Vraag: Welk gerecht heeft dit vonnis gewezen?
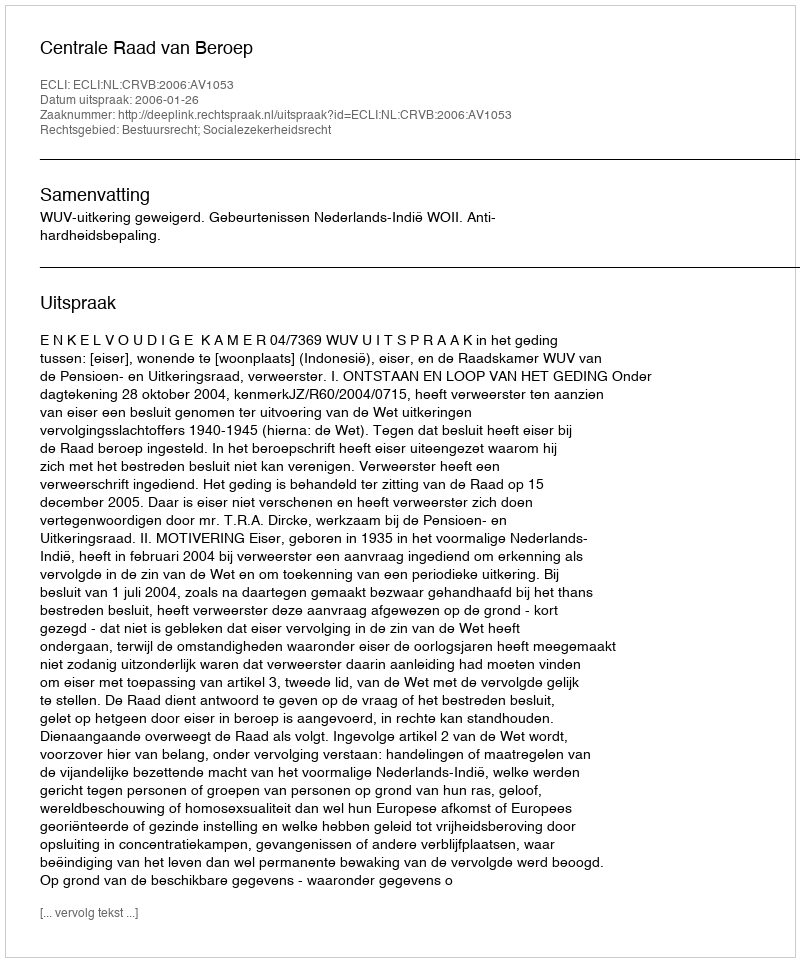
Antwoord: Centrale Raad van Beroep